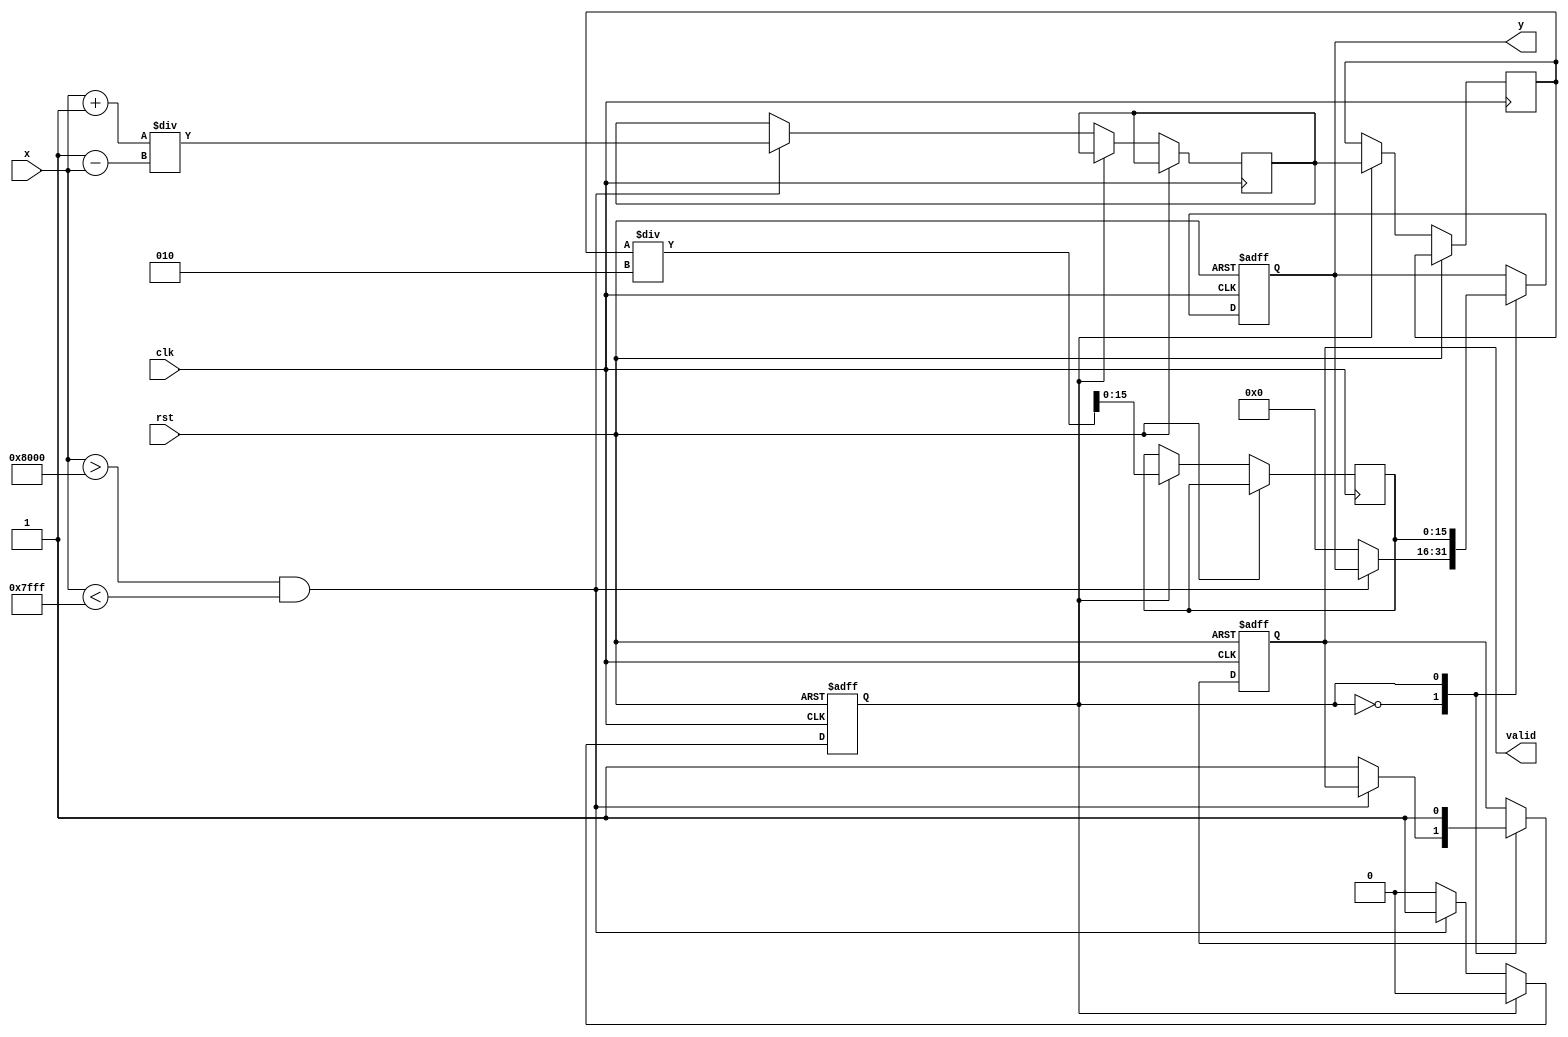
module atanh_block (
    input wire signed [15:0] x,      // Input signal (fixed-point)
    input wire clk,                   // Clock signal
    input wire rst,                   // Reset signal
    output reg signed [15:0] y,       // Output signal (atanh result)
    output reg valid                  // Valid signal
);

    // Internal signals
    reg signed [15:0] log_input;      // Input for logarithm
    reg signed [15:0] log_result;      // Result of logarithm
    reg signed [15:0] temp_result;     // Temporary result for atanh computation
    reg state;                         // State for FSM

    // Constants
    localparam FIXED_POINT_SCALE = 16'h0001; // Scale factor for fixed-point representation
    localparam MAX_INPUT = 16'h7FFF; // 1 in fixed-point
    localparam MIN_INPUT = 16'h8000; // -1 in fixed-point

    // State definitions
    localparam IDLE = 1'b0;
    localparam COMPUTE = 1'b1;

    // Logarithm approximation (simple method for demonstration)
    function signed [15:0] log_approx(input signed [15:0] value);
        begin
            // Simple logarithm approximation (replace with a more accurate method)
            log_approx = value; // Placeholder for actual logarithm computation
        end
    endfunction

    // Main process
    always @(posedge clk or posedge rst) begin
        if (rst) begin
            y <= 16'b0;
            valid <= 1'b0;
            state <= IDLE;
        end else begin
            case (state)
                IDLE: begin
                    if (x > MIN_INPUT && x < MAX_INPUT) begin
                        // Calculate (1+x)/(1-x)
                        log_input <= (x + FIXED_POINT_SCALE) / (FIXED_POINT_SCALE - x);
                        state <= COMPUTE;
                    end else begin
                        // Handle out of range input
                        y <= 16'b0; // or some error value
                        valid <= 1'b1;
                    end
                end

                COMPUTE: begin
                    // Compute the logarithm
                    log_result <= log_approx(log_input);
                    // Final result: (1/2) * log_result
                    temp_result <= log_result / 2;
                    y <= temp_result;
                    valid <= 1'b1;
                    state <= IDLE; // Go back to IDLE
                end
            endcase
        end
    end

endmodule